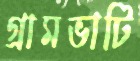
গ্রামভাটি